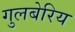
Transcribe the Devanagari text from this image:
गुलबेरिय